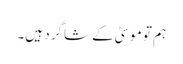
‏ ہم تو موسیٰ کے شاگرد ہیں۔